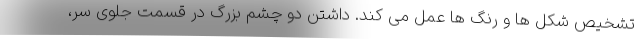
تشخیص شکل ها و رنگ ها عمل می کند. داشتن دو چشم بزرگ در قسمت جلوی سر،